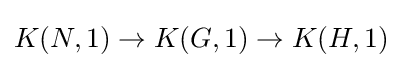
K(N,1)\to K(G,1)\to K(H,1)